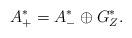
LaTeX: \begin{align*}A_+^* = A_-^* \oplus G_Z^*.\end{align*}